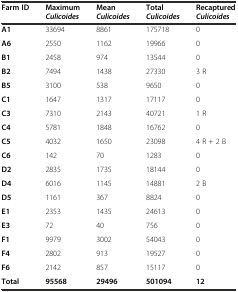
| Farm ID | MaximumCulicoides | MeanCulicoides | TotalCulicoides | RecapturedCulicoides |
 | --- | --- | --- | --- | --- |
 | A1 | 33694 | 8861 | 175718 | 0 |
 | A6 | 2550 | 1162 | 19966 | 0 |
 | B1 | 2458 | 974 | 13544 | 0 |
 | B2 | 7494 | 1438 | 27330 | 3 R |
 | B5 | 3100 | 538 | 9650 | 0 |
 | C1 | 1647 | 1317 | 17117 | 0 |
 | C3 | 7310 | 2143 | 40721 | 1 R |
 | C4 | 5781 | 1848 | 16762 | 0 |
 | C5 | 4032 | 1650 | 23098 | 4 R + 2 B |
 | C6 | 142 | 70 | 1283 | 0 |
 | D2 | 2835 | 1735 | 18144 | 0 |
 | D4 | 6016 | 1145 | 14881 | 2 B |
 | D5 | 1161 | 367 | 8824 | 0 |
 | E1 | 2353 | 1435 | 24613 | 0 |
 | E3 | 72 | 40 | 756 | 0 |
 | F1 | 9979 | 3002 | 54043 | 0 |
 | F4 | 2802 | 913 | 19527 | 0 |
 | F6 | 2142 | 857 | 15117 | 0 |
 | Total | 95568 | 29496 | 501094 | 12 |